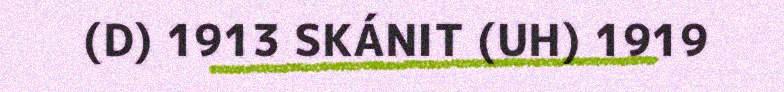
(D) 1913 SKÁNIT (UH) 1919